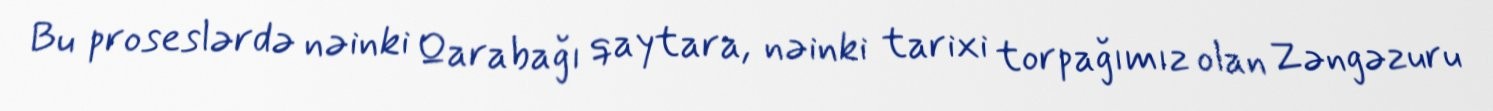
Bu proseslərdə nəinki Qarabağı qaytara, nəinki tarixi torpağımız olan Zəngəzuru